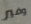
وفير